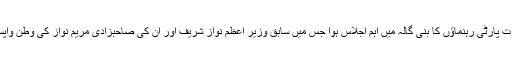
جمعرات کو عمران خان کی زیر صدارت پارٹی رہنماؤں کا بنی گالہ میں اہم اجلاس ہوا جس میں سابق وزیر اعظم نواز شریف اور ان کی صاحبزادی مریم نواز کی وطن واپسی پر لائحہ عمل پر مشاورت کی گئی۔